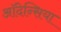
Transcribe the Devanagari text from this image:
ऑदेन्सिया